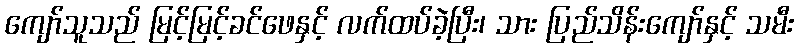
ကျော်သူသည် မြင့်မြင့်ခင်ဖေနှင့် လက်ထပ်ခဲ့ပြီး၊ သား ပြည်သိန်းကျော်နှင့် သမီး